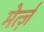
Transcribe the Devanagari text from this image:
मेर्त्ज़